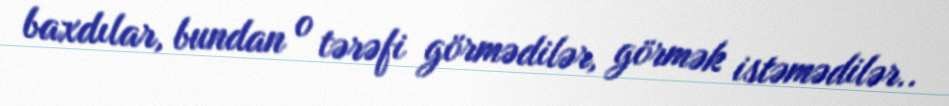
baxdılar, bundan o tərəfi görmədilər, görmək istəmədilər..